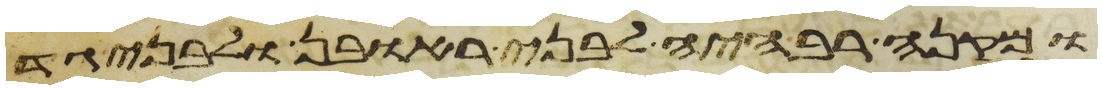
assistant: ומקנה רב היה לבני ראובן ולבני גד